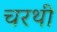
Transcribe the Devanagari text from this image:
चरथी